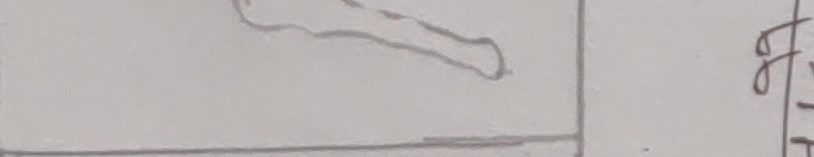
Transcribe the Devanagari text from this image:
"झ"